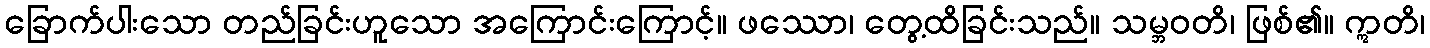
ခြောက်ပါးသော တည်ခြင်းဟူသော အကြောင်းကြောင့်။ ဖဿော၊ တွေ့ထိခြင်းသည်။ သမ္ဘဝတိ၊ ဖြစ်၏။ ဣတိ၊